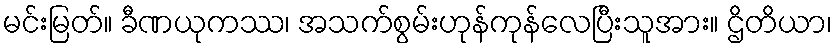
မင်းမြတ်။ ခီဏယုကဿ၊ အသက်စွမ်းဟုန်ကုန်လေပြီးသူအား။ ဌိတိယာ၊